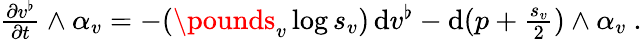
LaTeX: \begin{array}{r}{\frac{\partial v^{\flat}}{\partial t}\wedge\alpha_{v}=-(\pounds_{v}\log s_{v})\, \mathrm{d}v^{\flat}-\mathrm{d}(p+\frac{s_{v}}{2})\wedge\alpha_{v}\ .}\end{array}